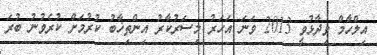
އިލްހާމް ވިދާޅުވީ 2013 ވަނަ އަހަރު މިސަރުކާރު އިންތިޚާބު ކުރުމަށް ކުރެވުނު ބުރަ